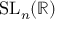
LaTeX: \mathrm { { S L } } _ { n } ( \mathbb { R } )